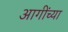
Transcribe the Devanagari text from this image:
आगींच्या